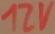
Text: 12V